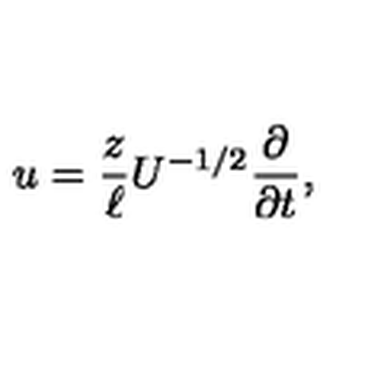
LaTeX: u = \frac { z } { \ell } U ^ { - 1 / 2 } \frac { \partial } { \partial t } ,